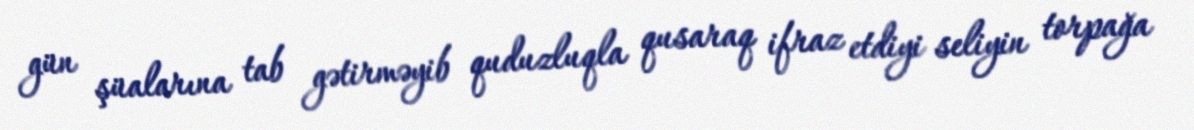
gün şüalarına tab gətirməyib quduzluqla qusaraq ifraz etdiyi seliyin torpağa